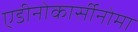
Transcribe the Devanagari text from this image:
एडीनोकार्सीनोमा